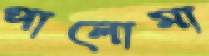
পালোমা